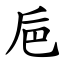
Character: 巵